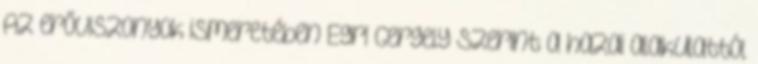
Az erőviszonyok ismeretében Egri Gergely szerint a hazai alakulattól